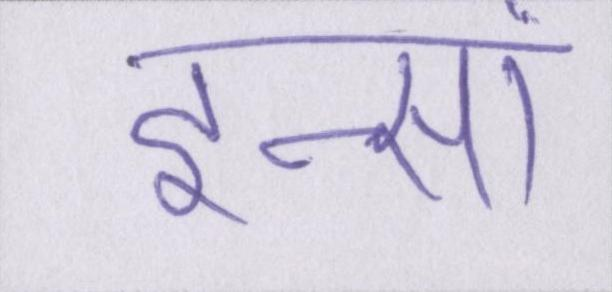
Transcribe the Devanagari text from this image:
इन्सां